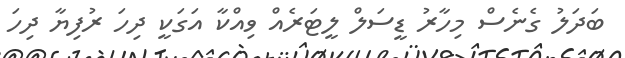
ބަދަލު ގެނެސް މިހާރު ޑީސަލް ލީޓަރެއް ވިއްކާ އަގަކީ ދިހަ ރުފިޔާ ދިހަ